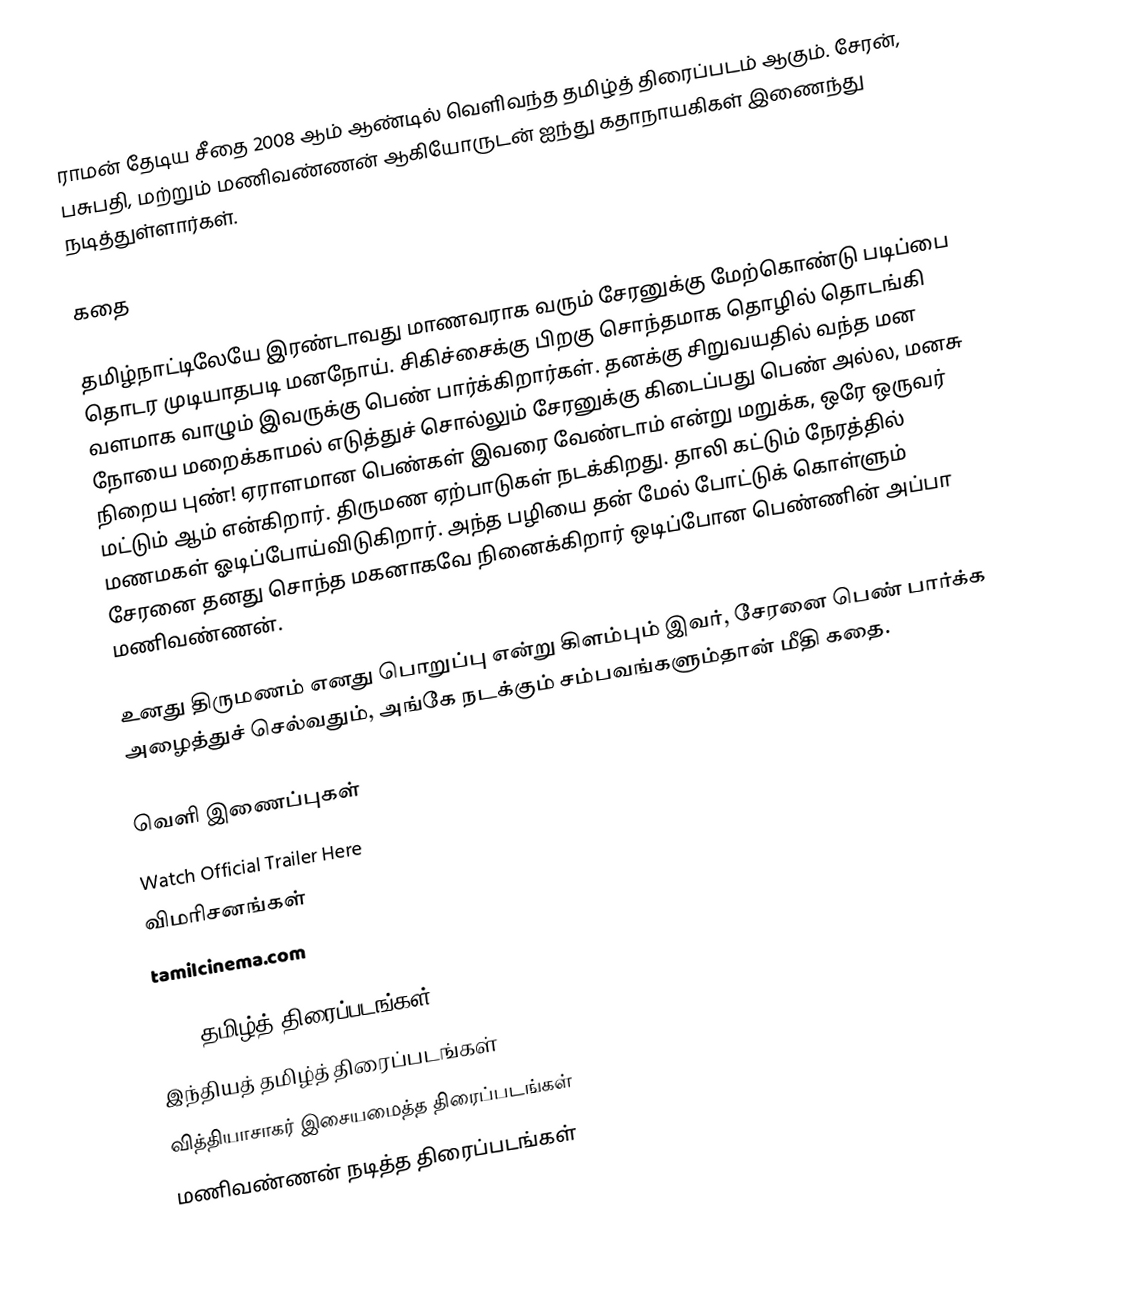
ராமன் தேடிய சீதை 2008 ஆம் ஆண்டில் வெளிவந்த தமிழ்த் திரைப்படம் ஆகும். சேரன், பசுபதி, மற்றும் மணிவண்ணன் ஆகியோருடன் ஐந்து கதாநாயகிகள் இணைந்து நடித்துள்ளார்கள்.

கதை

தமிழ்நாட்டிலேயே இரண்டாவது மாணவராக வரும் சேரனுக்கு மேற்கொண்டு படிப்பை தொடர முடியாதபடி மனநோய். சிகிச்சைக்கு பிறகு சொந்தமாக தொழில் தொடங்கி வளமாக வாழும் இவருக்கு பெண் பார்க்கிறார்கள். தனக்கு சிறுவயதில் வந்த மன நோயை மறைக்காமல் எடுத்துச் சொல்லும் சேரனுக்கு கிடைப்பது பெண் அல்ல, மனசு நிறைய புண்! ஏராளமான பெண்கள் இவரை வேண்டாம் என்று மறுக்க, ஒரே ஒருவர் மட்டும் ஆம் என்கிறார். திருமண ஏற்பாடுகள் நடக்கிறது. தாலி கட்டும் நேரத்தில் மணமகள் ஓடிப்போய்விடுகிறார். அந்த பழியை தன் மேல் போட்டுக் கொள்ளும் சேரனை தனது சொந்த மகனாகவே நினைக்கிறார் ஒடிப்போன பெண்ணின் அப்பா மணிவண்ணன்.

உனது திருமணம் எனது பொறுப்பு என்று கிளம்பும் இவர், சேரனை பெண் பார்க்க அழைத்துச் செல்வதும், அங்கே நடக்கும் சம்பவங்களும்தான் மீதி கதை.

வெளி இணைப்புகள்
 Watch Official Trailer Here
 விமரிசனங்கள்
 tamilcinema.com

2008 தமிழ்த் திரைப்படங்கள்
இந்தியத் தமிழ்த் திரைப்படங்கள்
வித்தியாசாகர் இசையமைத்த திரைப்படங்கள்
மணிவண்ணன் நடித்த திரைப்படங்கள்